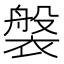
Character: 褩